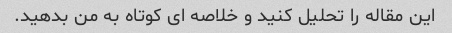
این مقاله را تحلیل کنید و خلاصه ای کوتاه به من بدهید.